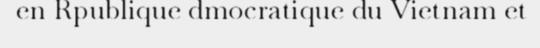
en Rpublique dmocratique du Vietnam et